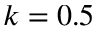
k = 0 . 5